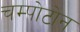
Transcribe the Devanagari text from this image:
चम्पोटोन